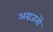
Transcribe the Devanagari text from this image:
अग्रजनों